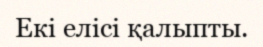
Екі елісі қалыпты.